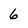
Character: 6